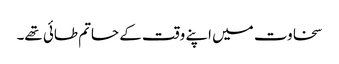
سخاوت میں اپنے وقت کے حاتم طائی تھے۔